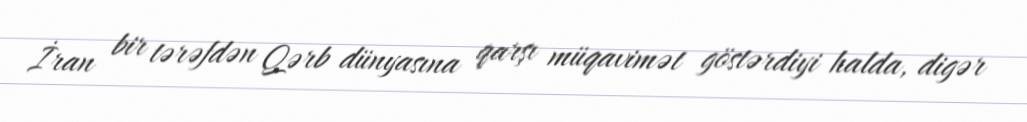
İran bir tərəfdən Qərb dünyasına qarşı müqavimət göstərdiyi halda, digər